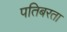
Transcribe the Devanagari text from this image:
पतिबरता